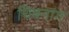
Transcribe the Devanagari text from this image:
चिबनांग